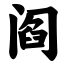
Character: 阎